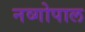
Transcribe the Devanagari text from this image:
नव्गोपाल